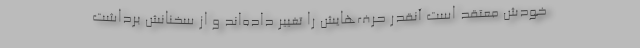
خودش معتقد است آنقدر حرف‌هایش را تغییر داده‌اند و از سخنانش برداشت